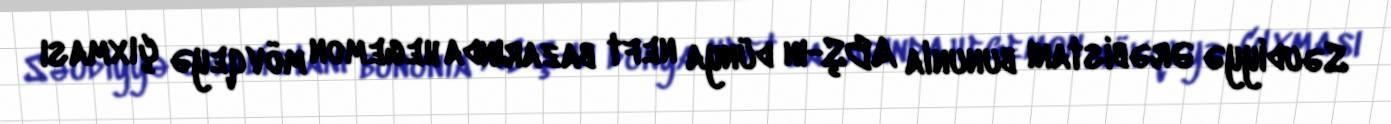
Səudiyyə Ərəbistanı bununla ABŞ-ın dünya neft bazarında hegemon mövqeyə çıxması